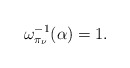
\begin{align*}\omega^{-1}_{\pi_{\nu}}(\alpha)=1.\end{align*}